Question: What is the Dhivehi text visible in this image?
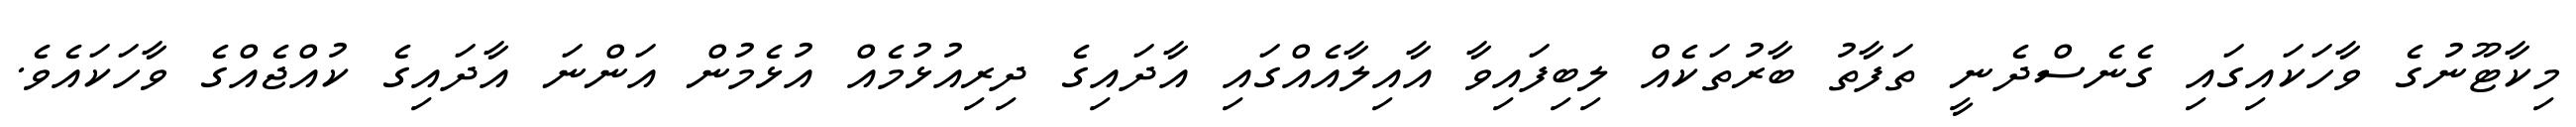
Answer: މިކާޓޫނުގެ ވާހަކައިގައި ގެނެސްދެނީ ތަފާތު ބާރުތަކެއް ލިބިފައިވާ އާއިލާއެއްގައި އާދައިގެ ދިރިއުޅުމެއް އުޅެމުން އަންނަ އާދައިގެ ކުއްޖެއްގެ ވާހަކައެވެ.